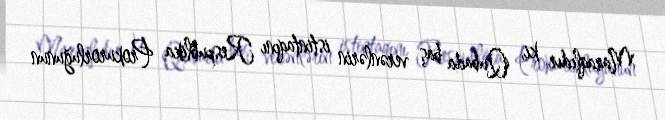
Maraqlıdır ki, Qubada baş verənlərin istintaqını Respublika Prokurorluğunun